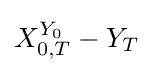
X_{0,T}^{Y_{0}}-Y_{T}